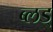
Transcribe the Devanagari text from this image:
ब्लड्